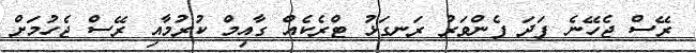
ރޭސް ޖެހޭނެ ފަދަ ފެންވަރު ރަނގަޅު ޓްރެކެއް ގާއިމް ކުރުމާއި ރޭސް ޖެހުމަށް